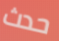
حدث